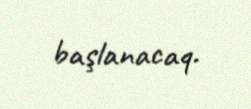
başlanacaq.